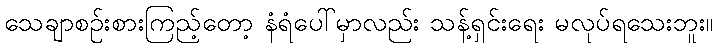
သေချာစဉ်းစားကြည့်တော့ နံရံပေါ်မှာလည်း သန့်ရှင်းရေး မလုပ်ရသေးဘူး။